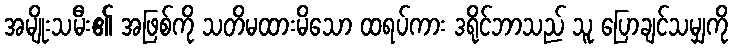
အမျိုးသမီး၏ အဖြစ်ကို သတိမထားမိသော ထရပ်ကား ဒရိုင်ဘာသည် သူ ပြောချင်သမျှကို